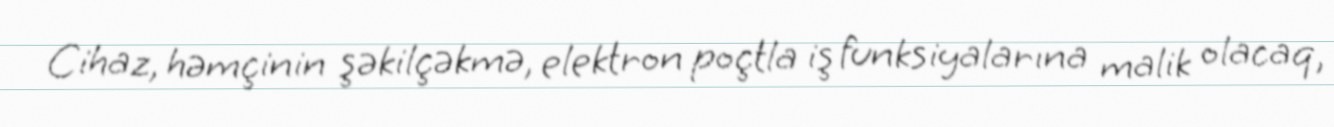
Cihaz, həmçinin şəkilçəkmə, elektron poçtla iş funksiyalarına malik olacaq,